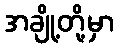
အချို့တို့မှာ